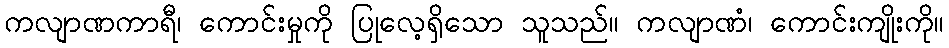
ကလျာဏကာရီ၊ ကောင်းမှုကို ပြုလေ့ရှိသော သူသည်။ ကလျာဏံ၊ ကောင်းကျိုးကို။